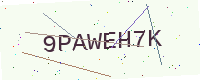
Text: 9PAWEH7K